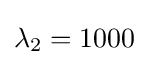
\lambda _{2}=1000